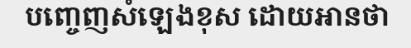
បញ្ចេញសំឡេងខុស ដោយអានថា